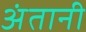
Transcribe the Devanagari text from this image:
अंतानी